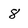
Character: 8